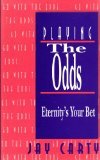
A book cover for Playing the Odds: Eternity's Your Bet; Jay Carty; Christian Books & Bibles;